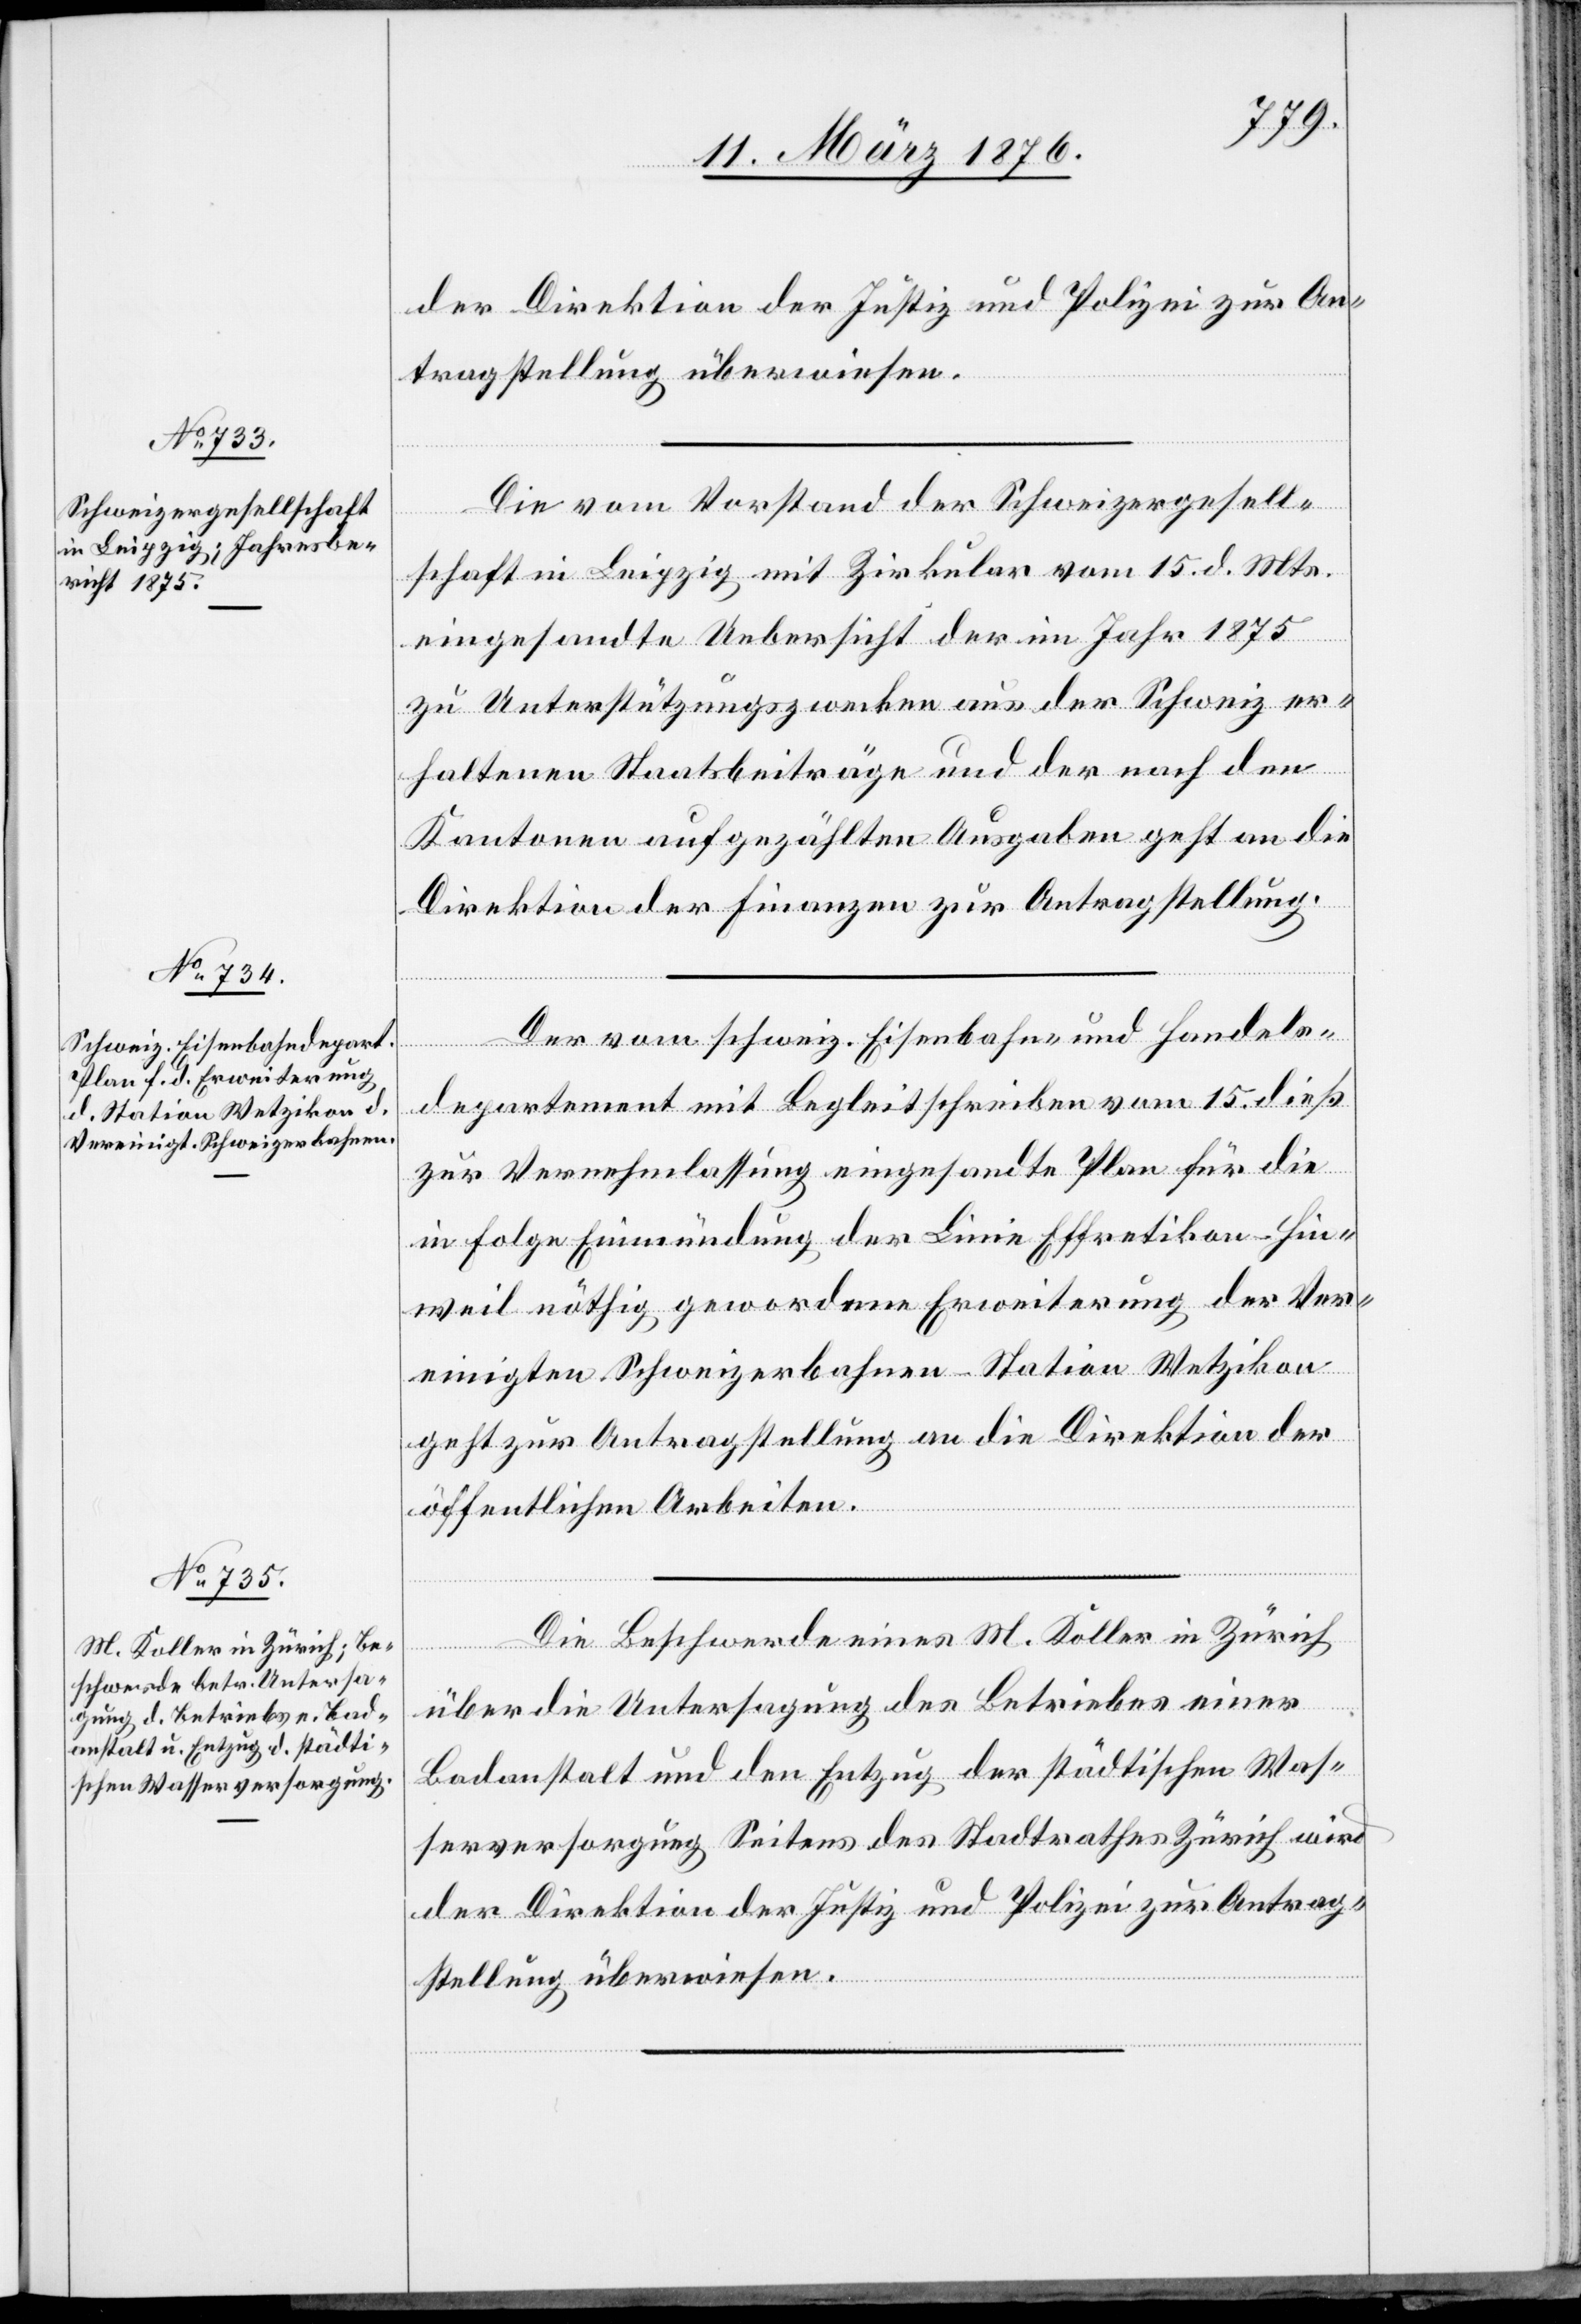
17. März 1876.]
Die vom Vorstand der Schweizergesell¬
schaft in Leipzig mit Zirkular vom 15. d. Mts.
eingesandte Uebersicht der im Jahr 1875
zu Unterstützungszwecken aus der Schweiz er¬
haltenen Staatsbeiträge und der nach den
Kantonen aufgezählten Ausgaben geht an die
Direktion der Finanzen zur Antragstellung.
Der vom schweiz. Eisenbahn- und Handels¬
departement mit Begleitschreiben vom 15. dieß
zur Vernehmlassung eingesandte Plan für die
in Folge Einmündung der Linie Effretikon–Hin¬
weil nöthig gewordene Erweiterung der Ver¬
einigten Schweizerbahnen-Station Wetzikon
geht zur Antragstellung an die Direktion der
öffentlichen Arbeiten.
Die Beschwerde eines M. Koller in Zürich
über die Untersagung des Betriebes einer
Badeanstalt und den Entzug der städtischen Was¬
serversorgung Seitens des Stadtrathes Zürich wird
der Direktion der Justiz und Polizei zur Antrag¬
stellung überwiesen.